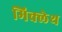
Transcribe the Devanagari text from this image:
मिक्लेथ